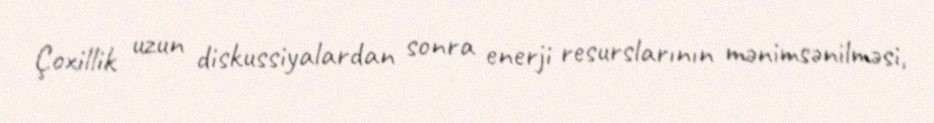
Çoxillik uzun diskussiyalardan sonra enerji resurslarının mənimsənilməsi,